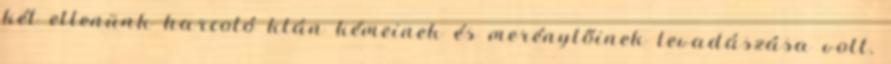
két ellenünk harcoló klán kémeinek és merénylőinek levadászása volt.